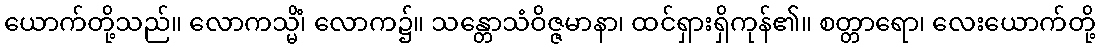
ယောက်တို့သည်။ လောကသ္မိံ၊ လောက၌။ သန္တောသံဝိဇ္ဇမာနာ၊ ထင်ရှားရှိကုန်၏။ စတ္တာရော၊ လေးယောက်တို့